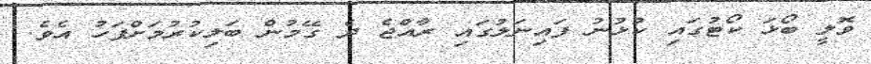
ވޮލީ ބޯޅަ ކޯޓުގައި ކުޅުނު ފައިނަލުގައި ރާއްޖެ ދެ ގޭމުން ބަލިކުރުމަށްފަހު އެވެ.